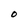
Character: O